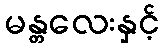
မန္တလေးနှင့်